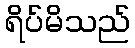
ရိပ်မိသည်